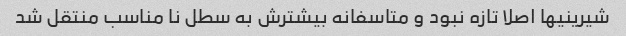
شیرینیها اصلا تازه نبود و متاسفانه بیشترش به سطل نا مناسب منتقل شد